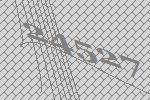
24527